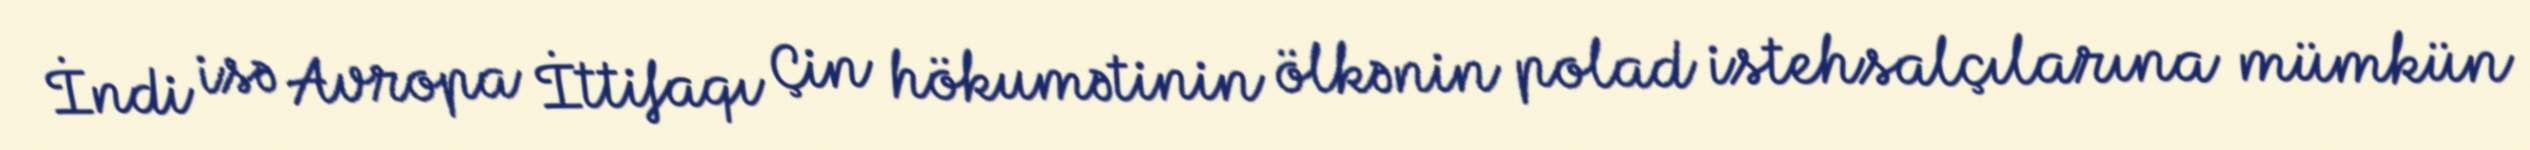
İndi isə Avropa İttifaqı Çin hökumətinin ölkənin polad istehsalçılarına mümkün